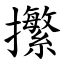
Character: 㩯